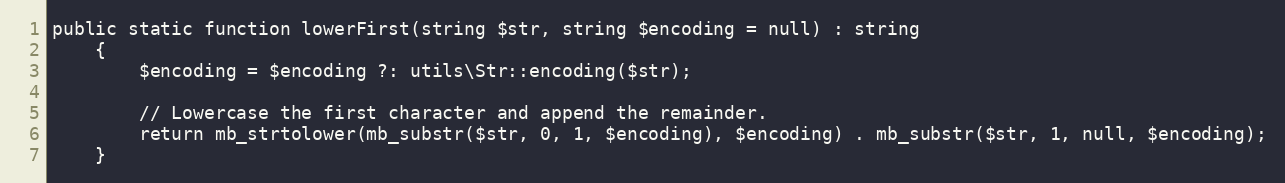
Language: PHP
public static function lowerFirst(string $str, string $encoding = null) : string
    {
        $encoding = $encoding ?: utils\Str::encoding($str);

        // Lowercase the first character and append the remainder.
        return mb_strtolower(mb_substr($str, 0, 1, $encoding), $encoding) . mb_substr($str, 1, null, $encoding);
    }